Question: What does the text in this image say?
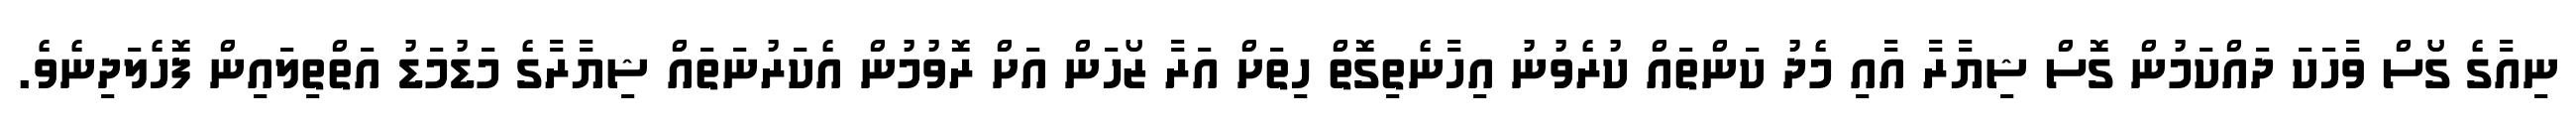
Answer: ނިއާގެ ގޯސް ވާހަކަ ދައްކަމުން ގޮސް ޝިޔާރާ އާއި މެދު ކަންތައް ކުރެވުނު އިހާނެތިގޮތް ހިތަށް އަރާ ޒޯހަން އަށް ރޮވުމުން އެކަރުނަތައް ޝިޔާރާގެ މަޑުމަޑު އަތްތިލައިން ފޮހެލަދިނެވެ.